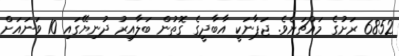
6852 ރަށުގެ މައްޗަށެވެ. ޖަޕާނަކީ އާބާދީގެ ގޮތުން ބަލާއިރު ދުނިޔޭގައި 10 ވަނައަށް